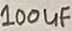
Text: 100uF